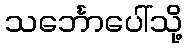
သင်္ဘောပေါ်သို့